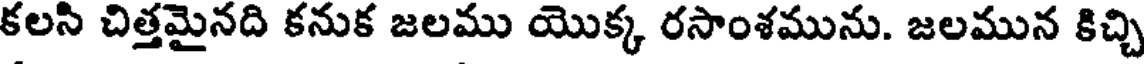
కలసి చిత్తమైనది కనుక జలము యొక్క రసాంశమును. జలమున కిచ్చి